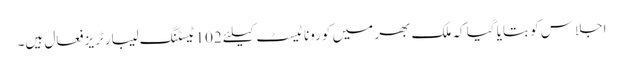
اجلاس کو بتایا گیا کہ ملک بھر میں کورونا ٹیسٹ کیلئے 102 ٹیسٹنگ لیبارٹریز فعال ہیں۔